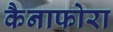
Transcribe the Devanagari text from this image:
कैनाफोरा